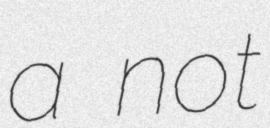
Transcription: a not